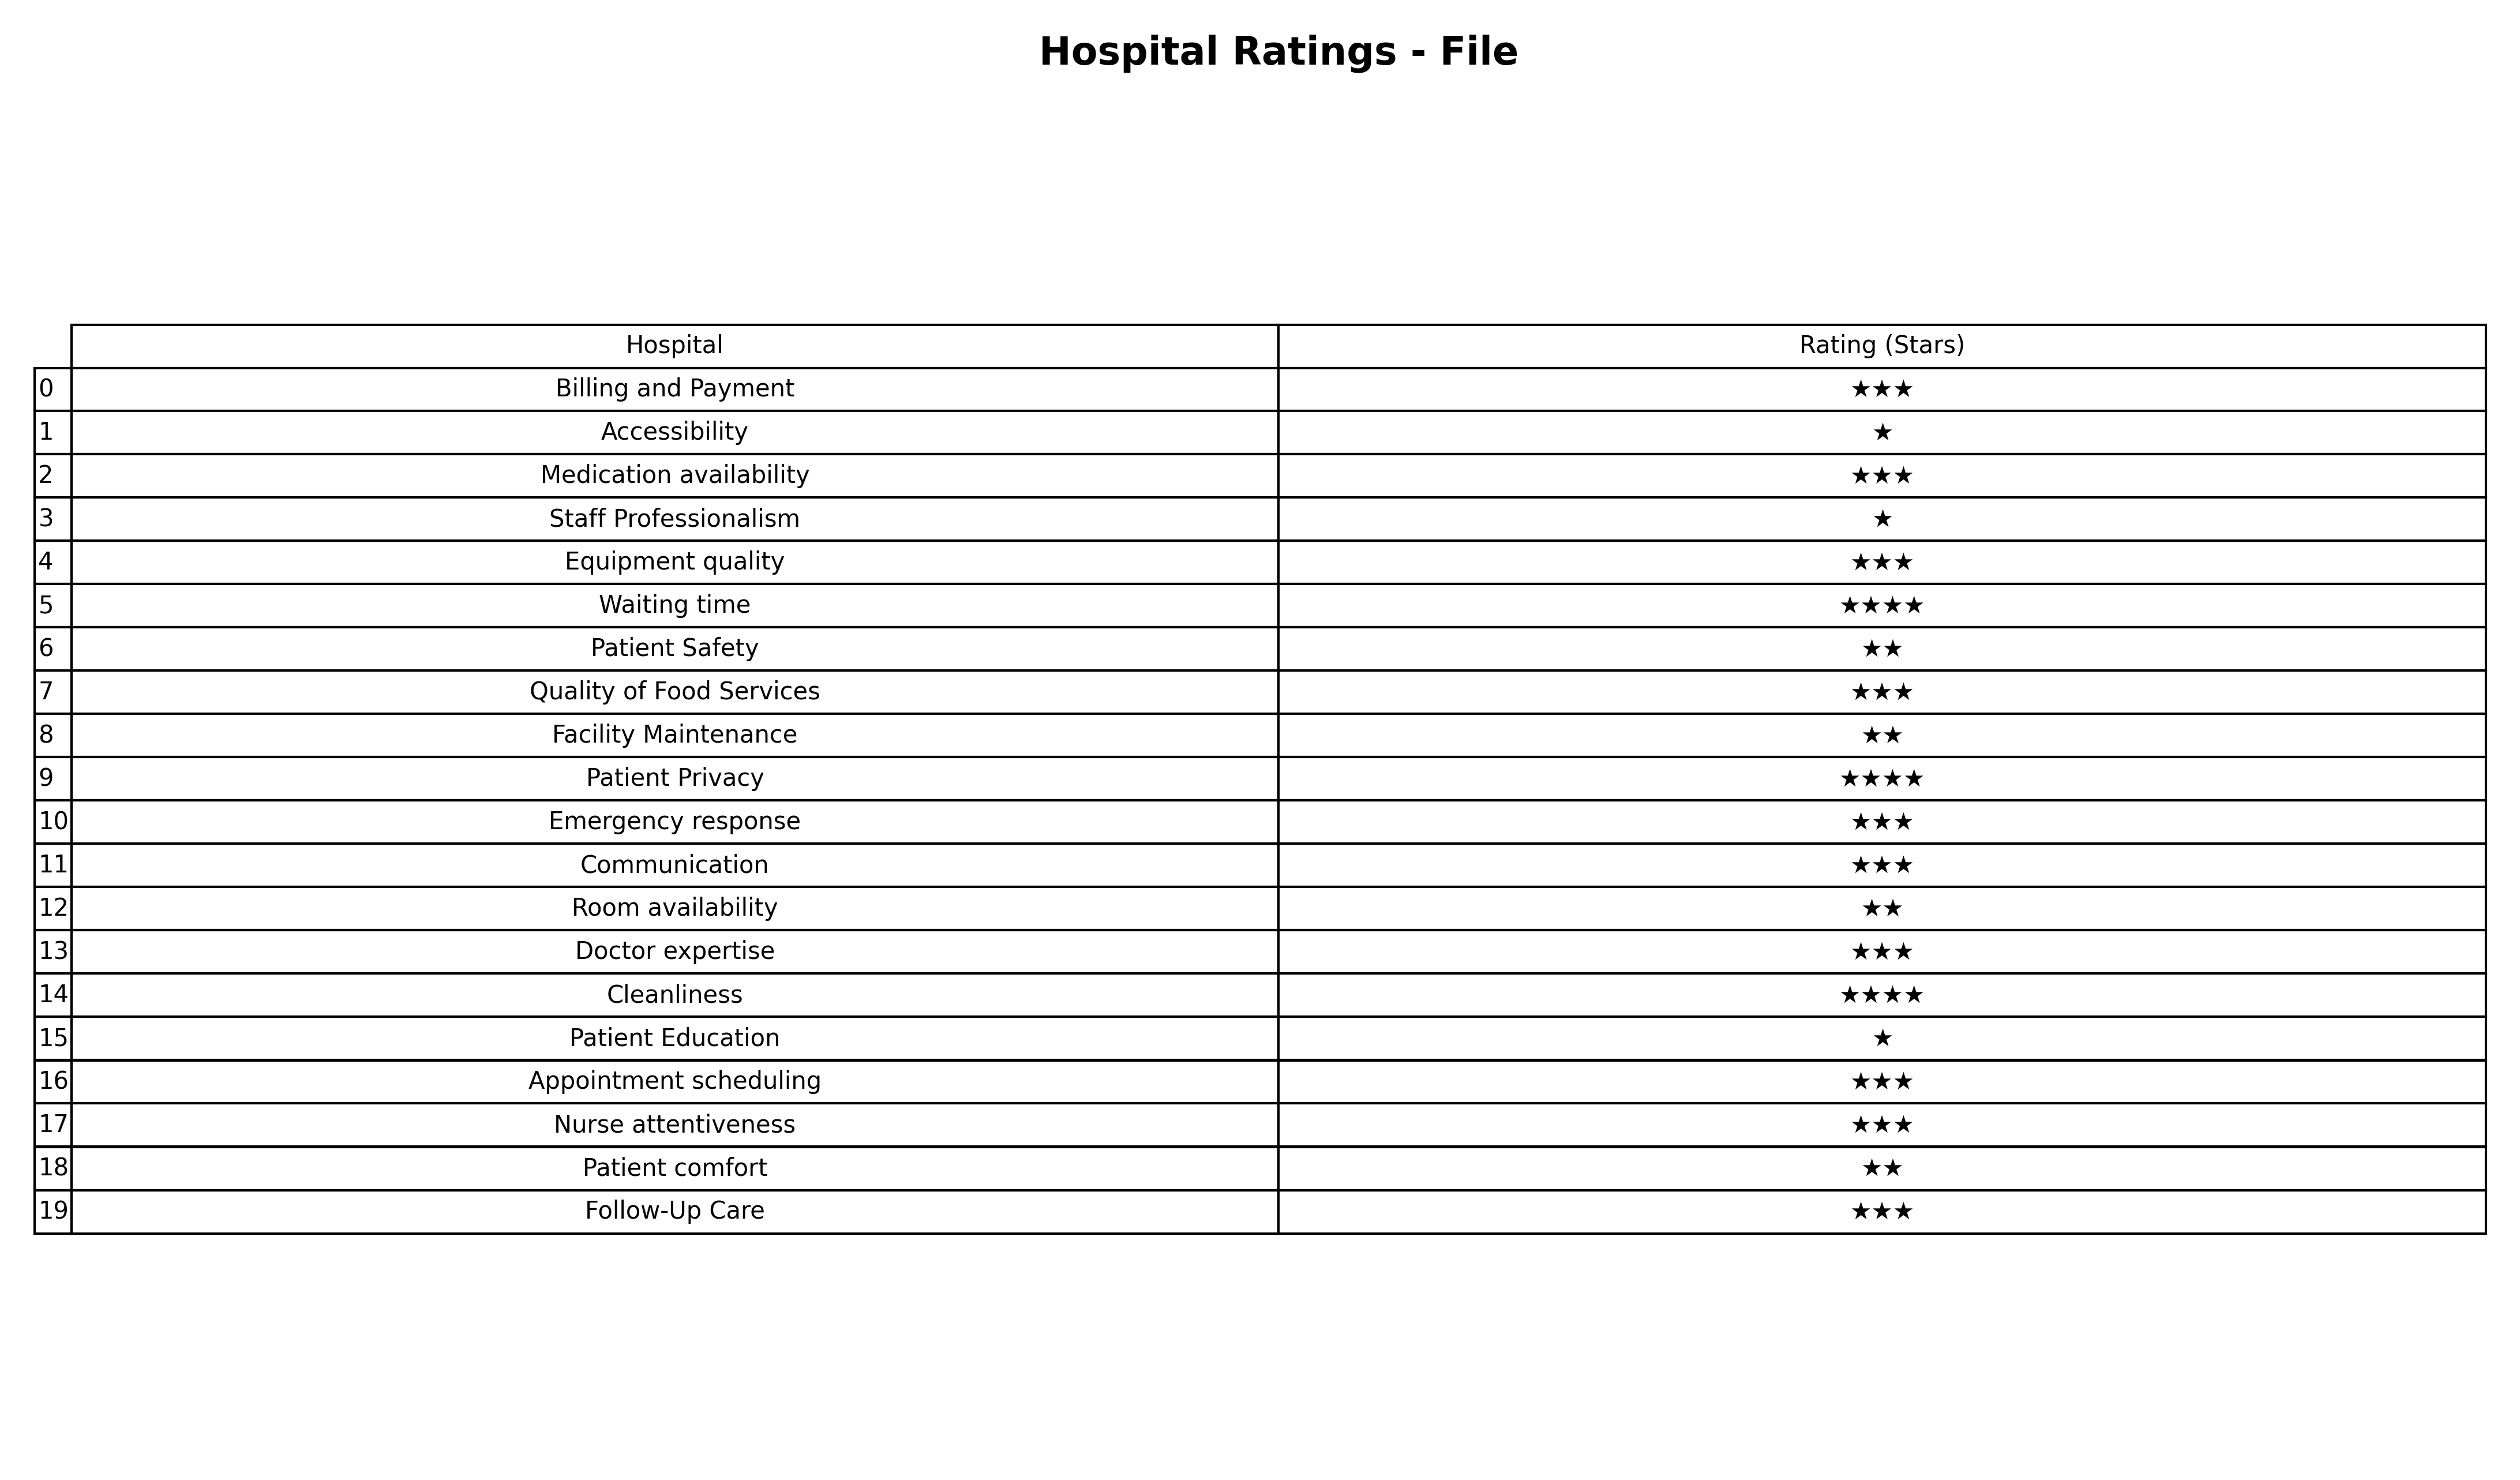
question: What are three star services?
answer: Billing and PaymentMedication availabilityEquipment qualityQuality of Food ServicesEmergency responseCommunicationDoctor expertiseAppointment schedulingNurse attentivenessFollow-Up Care